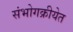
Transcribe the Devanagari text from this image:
संभोगक्रीयेत